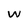
Character: W